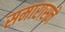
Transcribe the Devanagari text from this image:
समारासने